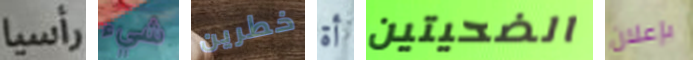
رأسيا شيء خطرين أة الضحيتين بإعلان